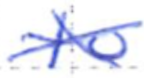
Text: to
Cross-out: cross
Writing tool: ballpoint